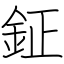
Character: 鉦